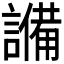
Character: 𬣈